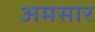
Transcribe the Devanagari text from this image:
अमसार